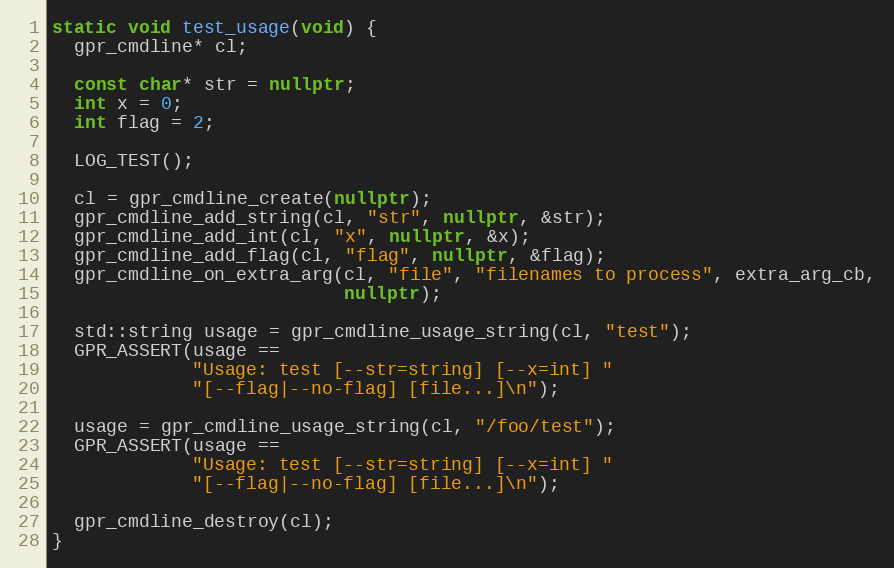
Language: C++
static void test_usage(void) {
  gpr_cmdline* cl;

  const char* str = nullptr;
  int x = 0;
  int flag = 2;

  LOG_TEST();

  cl = gpr_cmdline_create(nullptr);
  gpr_cmdline_add_string(cl, "str", nullptr, &str);
  gpr_cmdline_add_int(cl, "x", nullptr, &x);
  gpr_cmdline_add_flag(cl, "flag", nullptr, &flag);
  gpr_cmdline_on_extra_arg(cl, "file", "filenames to process", extra_arg_cb,
                           nullptr);

  std::string usage = gpr_cmdline_usage_string(cl, "test");
  GPR_ASSERT(usage ==
             "Usage: test [--str=string] [--x=int] "
             "[--flag|--no-flag] [file...]\n");

  usage = gpr_cmdline_usage_string(cl, "/foo/test");
  GPR_ASSERT(usage ==
             "Usage: test [--str=string] [--x=int] "
             "[--flag|--no-flag] [file...]\n");

  gpr_cmdline_destroy(cl);
}